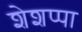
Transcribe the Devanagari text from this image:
शेशप्पा